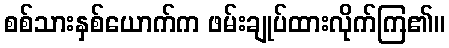
စစ်သားနှစ်ယောက်က ဖမ်းချုပ်ထားလိုက်ကြ၏။